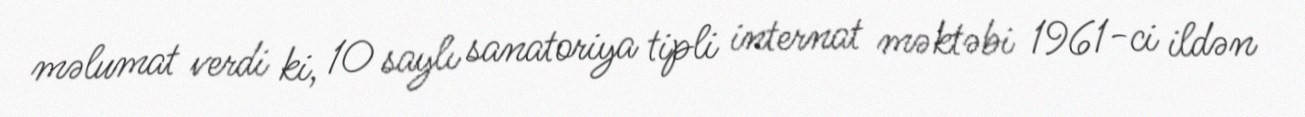
məlumat verdi ki, 10 saylı sanatoriya tipli internat məktəbi 1961-ci ildən